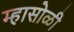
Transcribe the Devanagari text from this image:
म्हासोळी